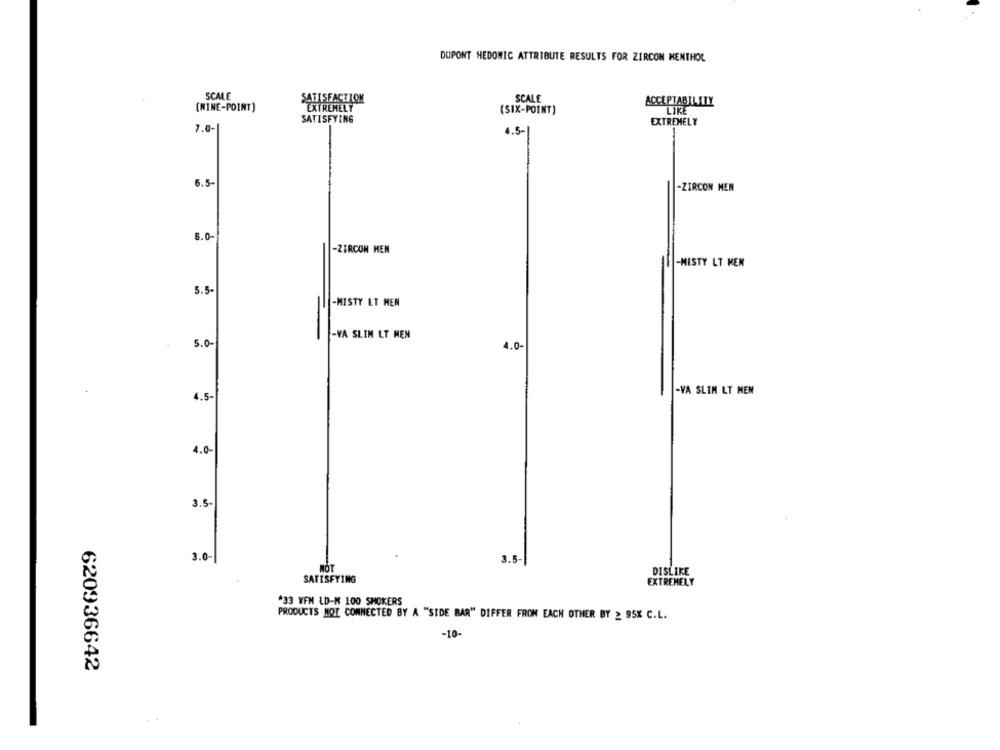
DUPONT HEDONIC ATTRIBUTE RESULTS FOR ZIRCON MENTHOL
SCALE
SCALE
SATISFACTION
ACCEPTABILITY
(WINE-POINT)
(SIX-POINT)
LIKE
SATISFYING
EXTREMELY
7.0-
4.5-1
6.5-
-ZIRCON MEN
6.0
-ZIRCON MEN
-MISTY LT KEN
-
5.5-
-MISTY LT MEN
-
-VA SLIN LT MEN
5.0-
4.0
-VA SLIM LT MEN
4.5-
4.0-
3.5-
3.0-
3.5
NOT
DISLIKE
SATISFYING
EXTREMELY
*33 YFM LD-M 100 SMOKERS
PRODUCTS NOT CONNECTED BY A "SIDE BAR" DIFFER FROM EACH OTHER BY ≥ 95% C.L.
-10-
620936642